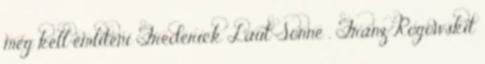
meg kell említeni Frederick Laut Sonne , Franz Rogowskit